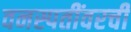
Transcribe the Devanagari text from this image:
वनस्पतींवरची